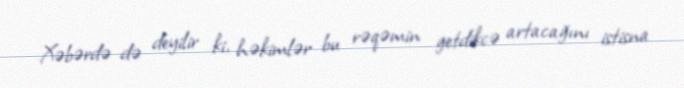
Xəbərdə də deyilir ki, həkimlər bu rəqəmin getdikcə artacağını istisna